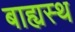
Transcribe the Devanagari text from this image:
बाह्यस्थ